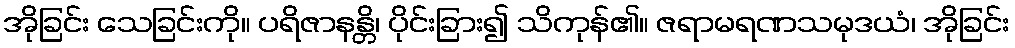
အိုခြင်း သေခြင်းကို။ ပရိဇာနန္တိ၊ ပိုင်းခြား၍ သိကုန်၏။ ဇရာမရဏသမုဒယံ၊ အိုခြင်း